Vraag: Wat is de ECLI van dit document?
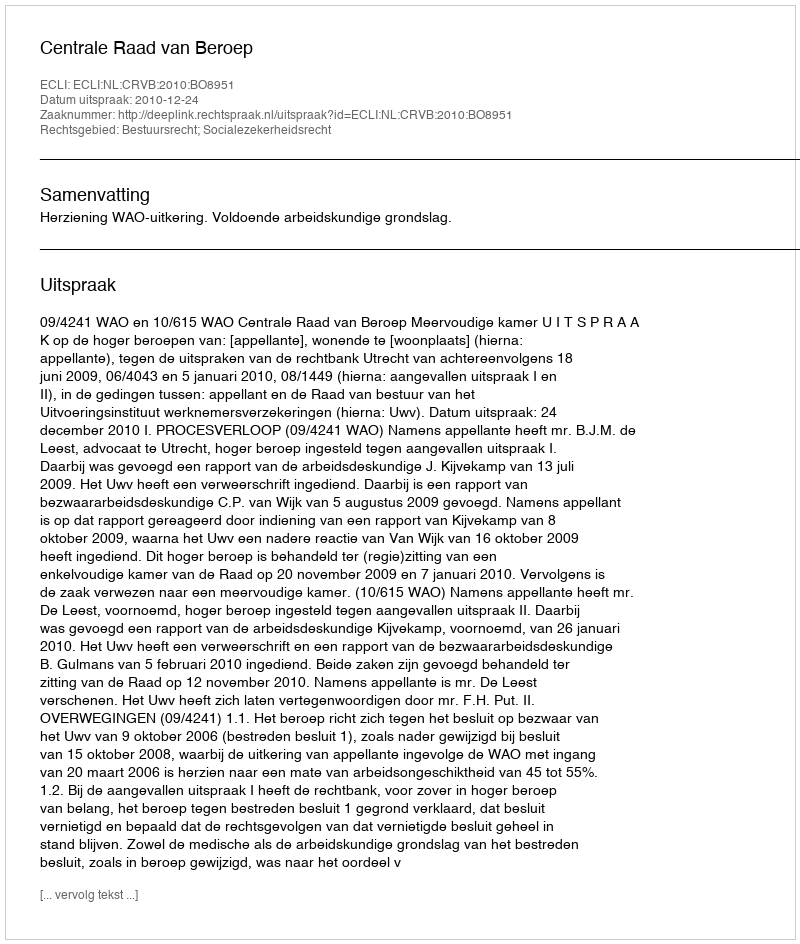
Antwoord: ECLI:NL:CRVB:2010:BO8951